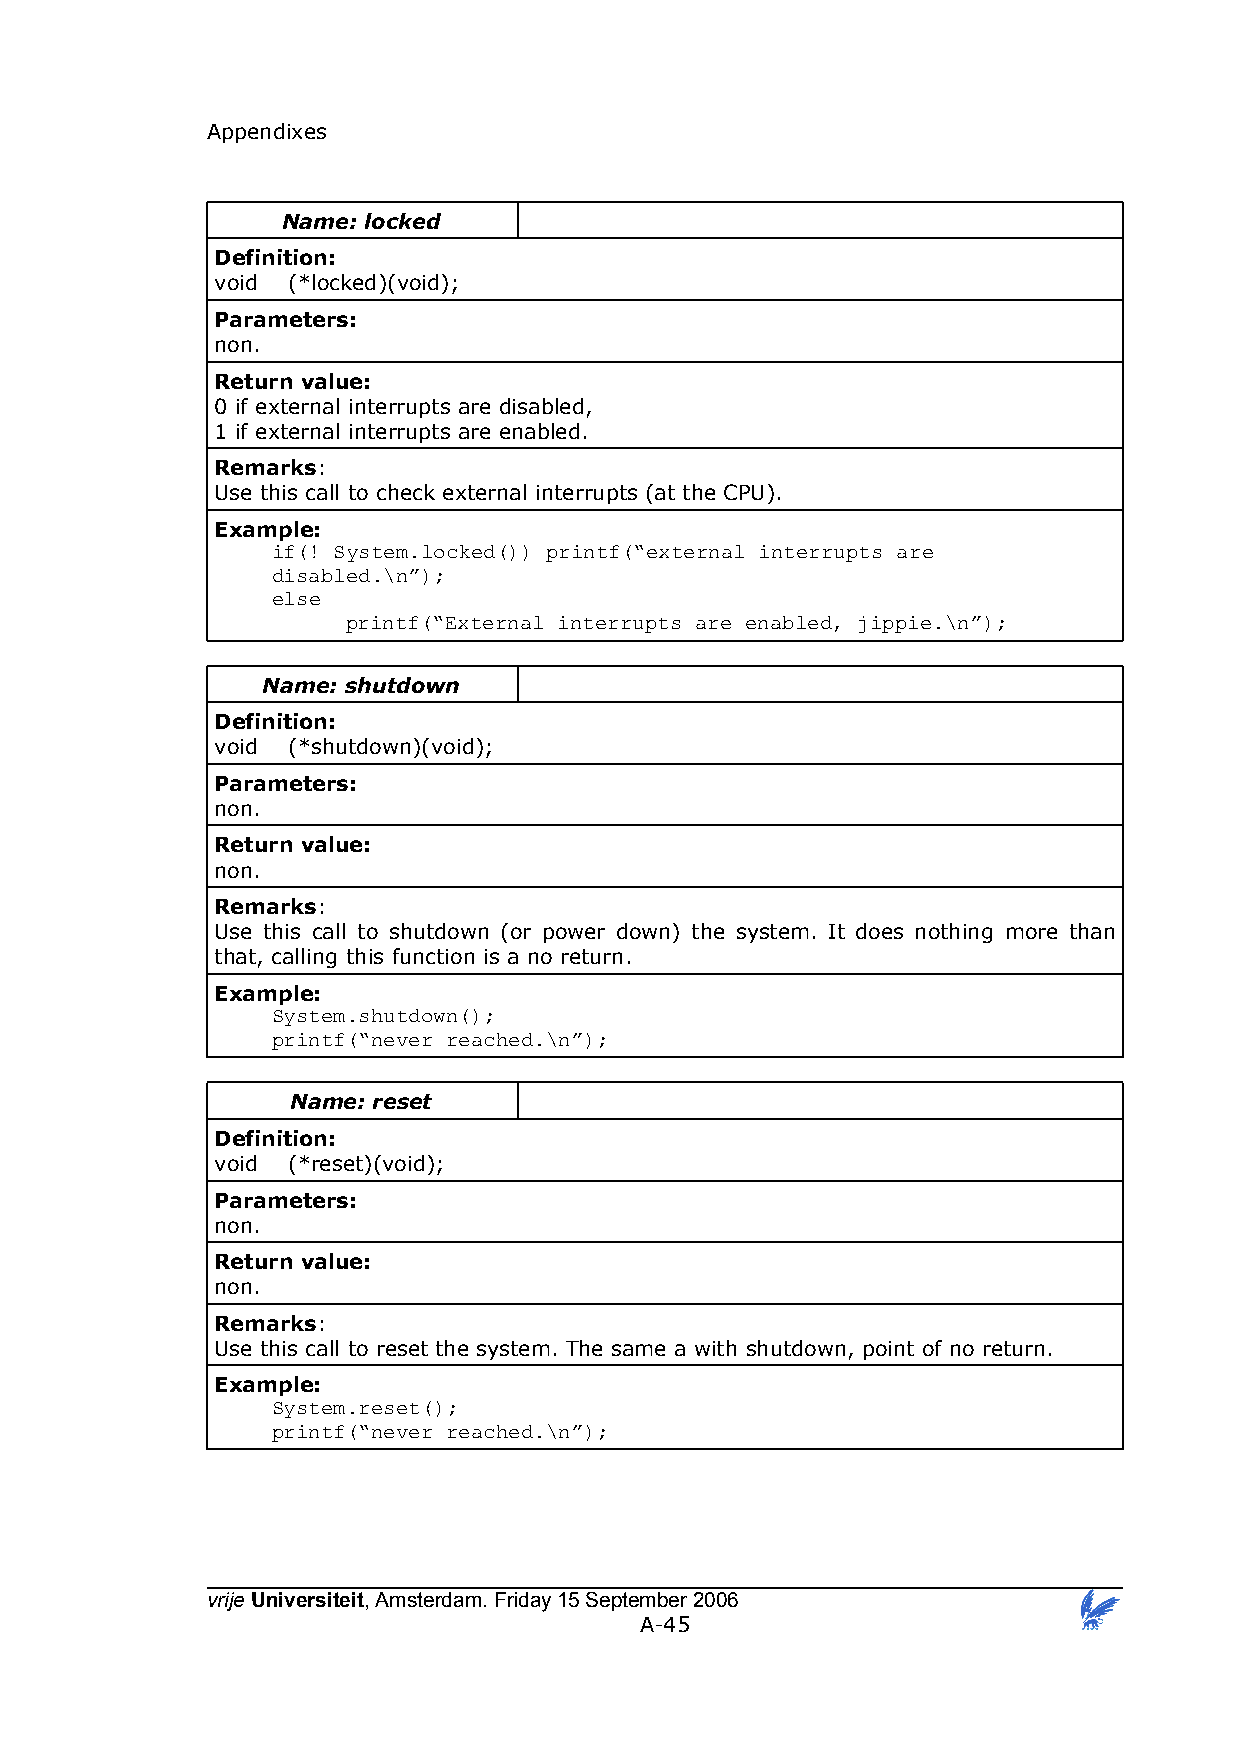
Appendixes
 Name: locked
 Definition:
 void (*locked)(void);
 Parameters:
 non.
 Return value:
 0 if external interrupts are disabled,
 1 if external interrupts are enabled.
 Remarks:
 Use this call to check external interrupts (at the CPU).
 Example:
 if(! System.locked()) printf(“external interrupts are
 disabled.\n”);
 else
 printf(“External interrupts are enabled, jippie.\n”);
 Name: shutdown
 Definition:
 void (*shutdown)(void);
 Parameters:
 non.
 Return value:
 non.
 Remarks:
 Use this call to shutdown (or power down) the system. It does nothing more than
 that, calling this function is a no return.
 Example:
 System.shutdown();
 printf(“never reached.\n”);
 Name: reset
 Definition:
 void (*reset)(void);
 Parameters:
 non.
 Return value:
 non.
 Remarks:
 Use this call to reset the system. The same a with shutdown, point of no return.
 Example:
 System.reset();
 printf(“never reached.\n”);
 vrije Universiteit, Amsterdam. Friday 15 September 2006
 A-45